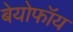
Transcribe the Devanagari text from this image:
बेयोफॉय